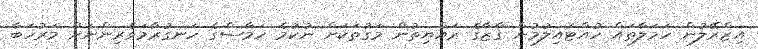
އިޒްރޭލުން ހަމަލާތައް ހުއްޓައިލުމުން ގާޒާގެ ރައްޔިތުން މަގުތަކަށް ނުކުމެ ހަމާސްގެ ހަނގުރާމަވެރިންނަށް މަރުހަބާ